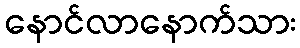
နောင်လာနောက်သား